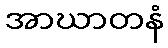
အာဃာတနံ